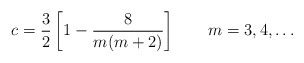
\begin{align*}c=\frac{3}{2}\left[ 1- \frac{8}{m(m+2)}\right] \qquad m=3,4,\ldots\end{align*}